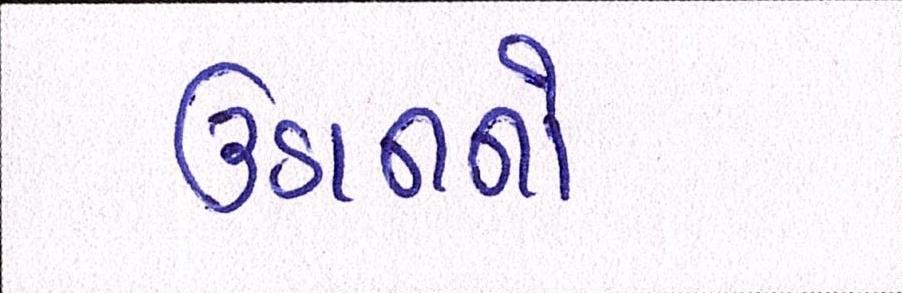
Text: ઉડાનનો